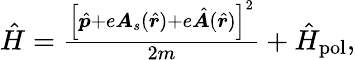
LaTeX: \begin{array}{r}{\hat{H}=\frac{\left[\hat{\boldsymbol{p}}+e\boldsymbol{A}_{s}(\hat{\boldsymbol{r}})+e\hat{\boldsymbol{A}}(\hat{\boldsymbol{r}})\right]^{2}}{2m}+\hat{H}_{\mathrm{pol}},}\end{array}